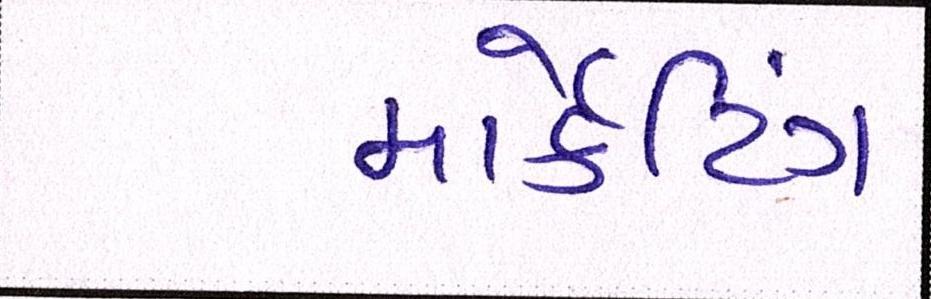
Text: માર્કેટિંગ